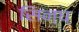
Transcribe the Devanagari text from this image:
सिन्घ्